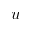
u